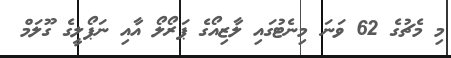
މި މެޗުގެ 62 ވަނަ މިނެޓުގައި ލާޒިއޯގެ ޕަރޯލޯ އާއި ނަޕޯލީގެ ގޫލަމް